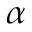
\alpha